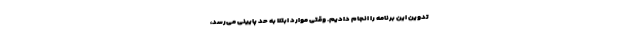
تدوین این برنامه را انجام دادیم. وقتی موارد ابتلا به حد پایینی می‌رسد،